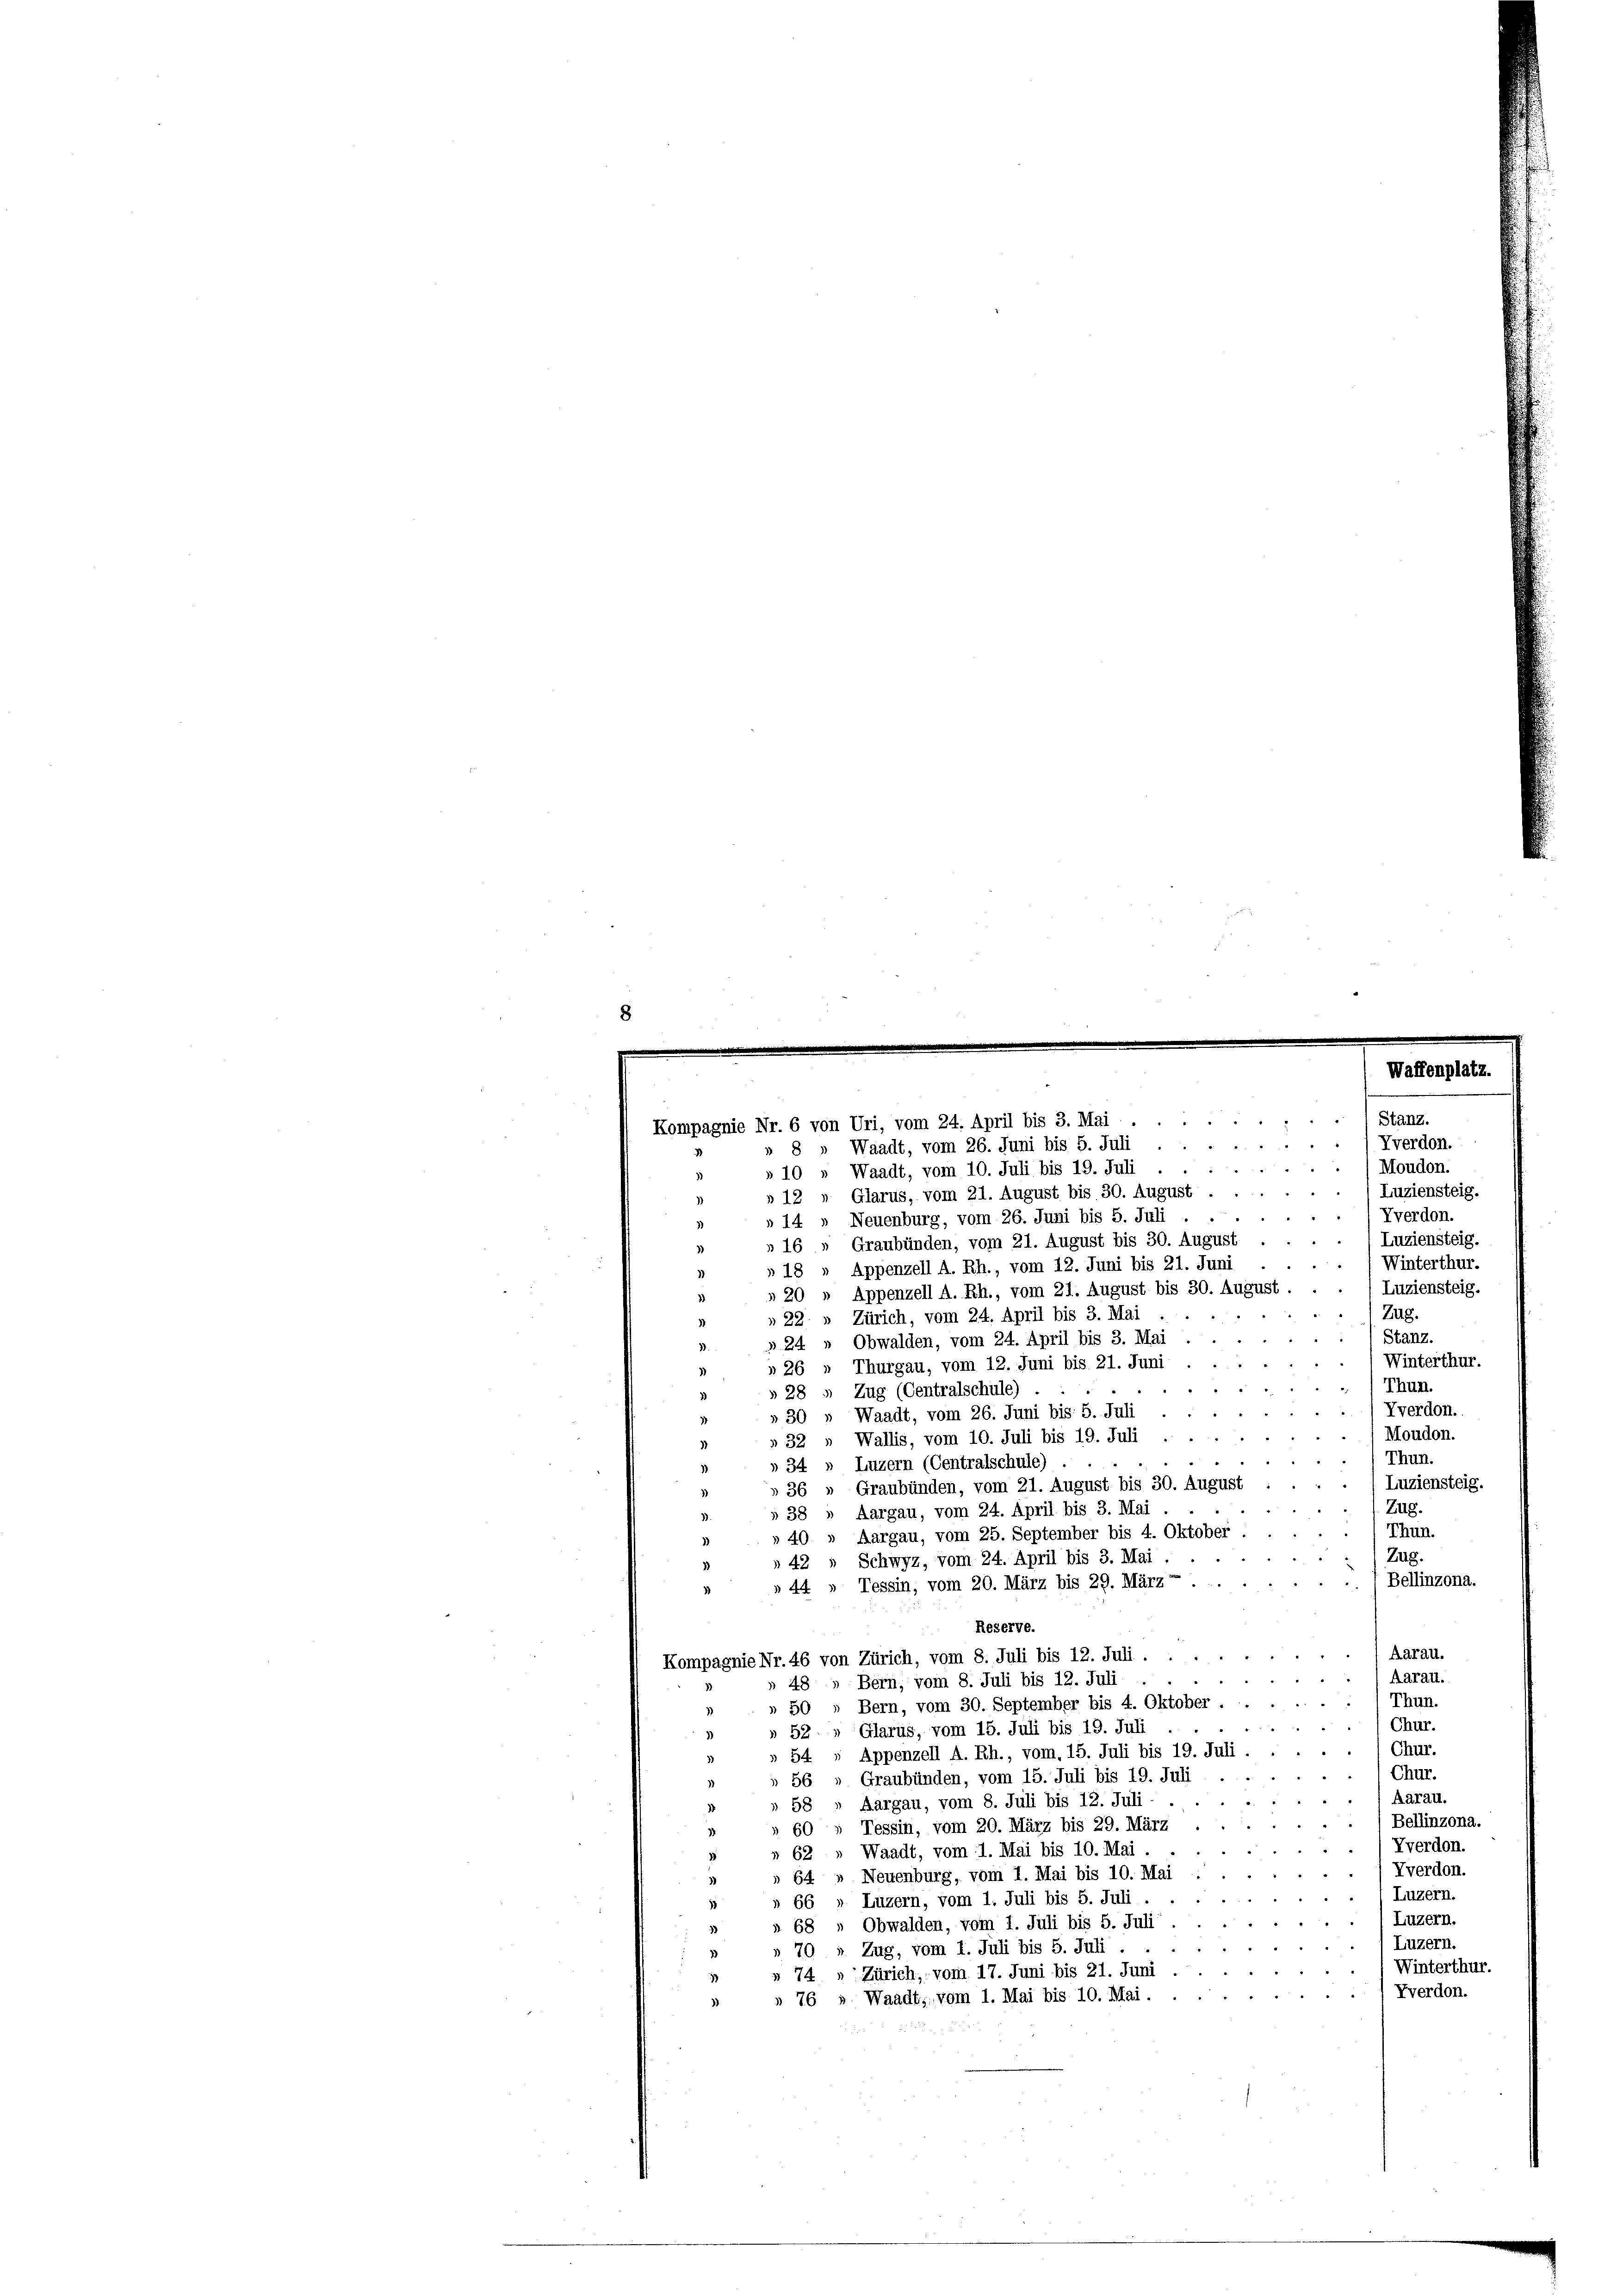
8

Stanz.
Kompagnie Nr. 6 von Uri, vom 24. April bis 3. Mai

Yverdon.
§ 2
4
3 " Waadt, vom 26. Juni bis 5. Juli
Moudon.
»10 » Waadt, vom 10. Juli bis 19. Juli
Luziensteig.
» 12 " Glarus, vom 21. August bis 30. August.
)
Vverdon.
»14 » Neuenburg, vom 26. Juni bis 5. Juli
Luziensteig.
» 16 „ Graubünden, vom 21. August bis 30. August
3)
Winterthur.
» 18 » Appenzell A. Rh., vom 12. Juni bis 21. Juni
Luziensteig.
» 20 „ Appenzell A. Rh., vom 21. August bis 30. August.
3
Zug.
» 22 " Zürich, vom 24. April bis 3. Mai
Stanz.
» 24 " Obwalden, vom 24. April bis 3. Mai
Winterthur.
» 26 » Thurgau, vom 12. Juni bis 21. Juni
Thun
» 28 » Zug (Centralschule)
Yverdon.
» 30 » Waadt, vom 26. Juni bis 5. Juli
Moudon.
» 32 " Wallis, vom 10. Juli bis 19. Juli
Thun.
» 34 » Luzern (Centralschule)
Luziensteig.
» 36 » Graubünden, vom 21. August bis 30. August
Zug.
» 38 » Aargau, vom 24. April bis 3. Mai
Thun.
Aargau, vom 25. September bis 4. Oktober.
§ 40
Zug.
42 " Schwyz, vom 24. April bis 3. Mai
Bellinzona.
» 44 » Tessin, vom 20. März bis 29. März
Reserve.
Aarau.
Kompagnie Nr. 46 von Zürich, vom 8. Juli bis 12. Juli
Aarau.
48 » Bern, vom 8. Juli bis 12. Juli
Thun.
50 » Bern, vom 30. September bis 4. Oktober
Chur.
Glarus, vom 15. Juli bis 19. Juli
§ 52
Chur.
» 54, Appenzell A. Rh., vom 15. Juli bis 19. Juli
Chur.
Graubünden, vom 15. Juli bis 19. Juli
56
Aarau.
58 » Aargau, vom 8. Juli bis 12. Juli
Bellinzona.
Tessin, vom 20. März bis 29. März
Vverdon.
Waadt, vom 1. Mai bis 10. Mai.
“
62
Vverdon
64 » Neuenburg, vom 1. Mai bis 10. Maj
Luzern.
Luzern, vom 1. Juli bis 5. Juli.
66
Luzern.
68 „ Obwalden, vom 1. Juli bis 5. Juli
Luzern.
Zug, vom 1. Juli bis 5. Juli.
Winterthur.
74 " Zürich, vom 17. Juni bis 21. Juni
Yverdon.
76 » Waadt, vom 1. Mai bis 10. Mai.

Waffenplatz.